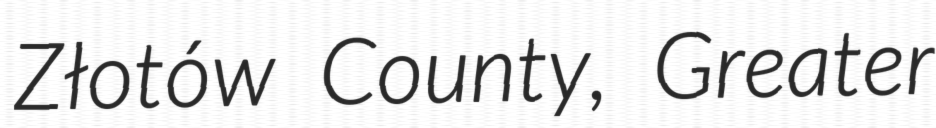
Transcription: Złotów County, Greater